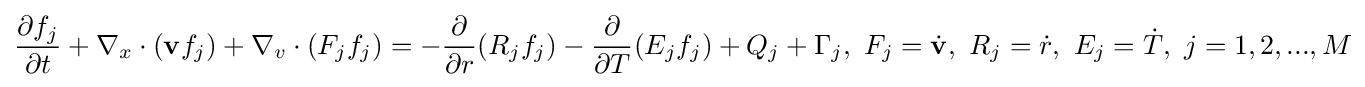
{\frac {\partial f_{j}}{\partial t}}+\nabla _{x}\cdot (\mathbf {v} f_{j})+\nabla _{v}\cdot (F_{j}f_{j})=-{\frac {\partial }{\partial r}}(R_{j}f_{j})-{\frac {\partial }{\partial T}}(E_{j}f_{j})+Q_{j}+\Gamma _{j},\ F_{j}={\dot {\mathbf {v} }},\ R_{j}={\dot {r}},\ E_{j}={\dot {T}},\ j=1,2,...,M